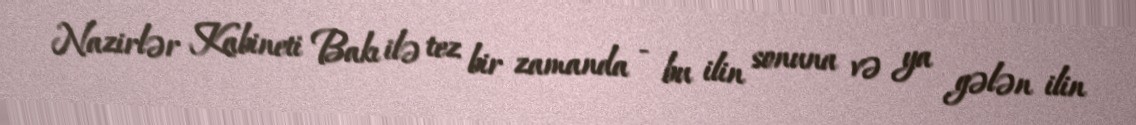
Nazirlər Kabineti Bakı ilə tez bir zamanda - bu ilin sonuna və ya gələn ilin